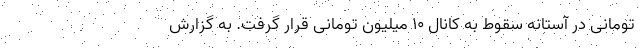
تومانی در آستانه سقوط به کانال ۱۰ میلیون تومانی قرار گرفت. به گزارش